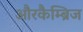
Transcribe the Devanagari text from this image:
औरकैम्ब्रिज